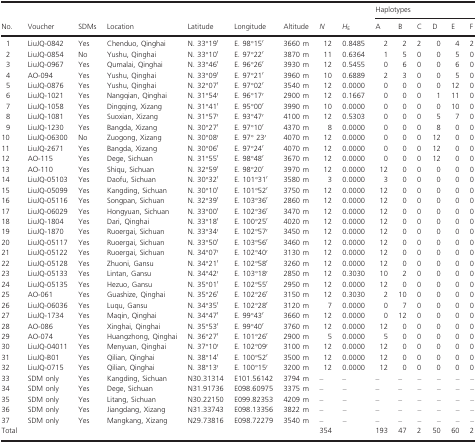
<table><thead><tr><td rowspan="2"><b>No.</b></td><td rowspan="2"><b>Voucher</b></td><td rowspan="2"><b>SDMs</b></td><td rowspan="2"><b>Location</b></td><td rowspan="2"><b>Latitude</b></td><td rowspan="2"><b>Longitude</b></td><td rowspan="2"><b>Altitude</b></td><td rowspan="2"><b><i>N</i></b></td><td rowspan="2"><b><i>H</i><sub>E</sub></b></td><td colspan="6"><b>Haplotypes</b></td></tr><tr><td><b>A</b></td><td><b>B</b></td><td><b>C</b></td><td><b>D</b></td><td><b>E</b></td><td><b>F</b></td></tr></thead><tbody><tr><td>1</td><td>LiuJQ‐0842</td><td>Yes</td><td>Chenduo, Qinghai</td><td>N. 33°19′</td><td>E. 98°15′</td><td>3660 m</td><td>12</td><td>0.8485</td><td>2</td><td>2</td><td>2</td><td>0</td><td>4</td><td>2</td></tr><tr><td>2</td><td>LiuJQ‐0854</td><td>No</td><td>Yushu, Qinghai</td><td>N. 33°10′</td><td>E. 97°22′</td><td>3870 m</td><td>11</td><td>0.6364</td><td>1</td><td>5</td><td>0</td><td>0</td><td>5</td><td>0</td></tr><tr><td>3</td><td>LiuJQ‐0967</td><td>Yes</td><td>Qumalai, Qinghai</td><td>N. 33°46′</td><td>E. 96°26′</td><td>3930 m</td><td>12</td><td>0.5455</td><td>0</td><td>6</td><td>0</td><td>0</td><td>6</td><td>0</td></tr><tr><td>4</td><td>AO‐094</td><td>Yes</td><td>Yushu, Qinghai</td><td>N. 33°09′</td><td>E. 97°21′</td><td>3960 m</td><td>10</td><td>0.6889</td><td>2</td><td>3</td><td>0</td><td>0</td><td>5</td><td>0</td></tr><tr><td>5</td><td>LiuJQ‐0876</td><td>Yes</td><td>Yushu, Qinghai</td><td>N. 32°07′</td><td>E. 97°02′</td><td>3540 m</td><td>12</td><td>0.0000</td><td>0</td><td>0</td><td>0</td><td>0</td><td>12</td><td>0</td></tr><tr><td>6</td><td>LiuJQ‐1021</td><td>Yes</td><td>Nangqian, Qinghai</td><td>N. 31°54′</td><td>E. 96°17′</td><td>2900 m</td><td>12</td><td>0.1667</td><td>0</td><td>0</td><td>0</td><td>1</td><td>11</td><td>0</td></tr><tr><td>7</td><td>LiuJQ‐1058</td><td>Yes</td><td>Dingqing, Xizang</td><td>N. 31°41′</td><td>E. 95°00′</td><td>3990 m</td><td>10</td><td>0.0000</td><td>0</td><td>0</td><td>0</td><td>0</td><td>10</td><td>0</td></tr><tr><td>8</td><td>LiuJQ‐1081</td><td>Yes</td><td>Suoxian, Xizang</td><td>N. 31°57′</td><td>E. 93°47′</td><td>4100 m</td><td>12</td><td>0.5303</td><td>0</td><td>0</td><td>0</td><td>5</td><td>7</td><td>0</td></tr><tr><td>9</td><td>LiuJQ‐1230</td><td>Yes</td><td>Bangda, Xizang</td><td>N. 30°27′</td><td>E. 97°10′</td><td>4370 m</td><td>8</td><td>0.0000</td><td>0</td><td>0</td><td>0</td><td>8</td><td>0</td><td>0</td></tr><tr><td>10</td><td>LiuJQ‐06300</td><td>No</td><td>Zuogong, Xizang</td><td>N. 30°08′</td><td>E. 97° 23′</td><td>4070 m</td><td>12</td><td>0.0000</td><td>0</td><td>0</td><td>0</td><td>12</td><td>0</td><td>0</td></tr><tr><td>11</td><td>LiuJQ‐2671</td><td>Yes</td><td>Bangda, Xizang</td><td>N. 30°06′</td><td>E. 97°24′</td><td>4070 m</td><td>12</td><td>0.0000</td><td>0</td><td>0</td><td>0</td><td>12</td><td>0</td><td>0</td></tr><tr><td>12</td><td>AO‐115</td><td>Yes</td><td>Dege, Sichuan</td><td>N. 31°55′</td><td>E. 98°48′</td><td>3670 m</td><td>12</td><td>0.0000</td><td>0</td><td>0</td><td>0</td><td>12</td><td>0</td><td>0</td></tr><tr><td>13</td><td>AO‐110</td><td>Yes</td><td>Shiqu, Sichuan</td><td>N. 32°59′</td><td>E. 98°20′</td><td>3970 m</td><td>12</td><td>0.0000</td><td>12</td><td>0</td><td>0</td><td>0</td><td>0</td><td>0</td></tr><tr><td>14</td><td>LiuJQ‐05103</td><td>Yes</td><td>Daofu, Sichuan</td><td>N. 30°32′</td><td>E. 101°31′</td><td>3580 m</td><td>3</td><td>0.0000</td><td>3</td><td>0</td><td>0</td><td>0</td><td>0</td><td>0</td></tr><tr><td>15</td><td>LiuJQ‐05099</td><td>Yes</td><td>Kangding, Sichuan</td><td>N. 30°10′</td><td>E. 101°52′</td><td>3750 m</td><td>12</td><td>0.0000</td><td>12</td><td>0</td><td>0</td><td>0</td><td>0</td><td>0</td></tr><tr><td>16</td><td>LiuJQ‐05116</td><td>Yes</td><td>Songpan, Sichuan</td><td>N. 32°39′</td><td>E. 103°36′</td><td>2860 m</td><td>12</td><td>0.0000</td><td>12</td><td>0</td><td>0</td><td>0</td><td>0</td><td>0</td></tr><tr><td>17</td><td>LiuJQ‐06029</td><td>Yes</td><td>Hongyuan, Sichuan</td><td>N. 33°00′</td><td>E. 102°36′</td><td>3470 m</td><td>12</td><td>0.0000</td><td>12</td><td>0</td><td>0</td><td>0</td><td>0</td><td>0</td></tr><tr><td>18</td><td>LiuJQ‐1804</td><td>Yes</td><td>Dari, Qinghai</td><td>N. 33°18′</td><td>E. 100°25′</td><td>4020 m</td><td>12</td><td>0.0000</td><td>12</td><td>0</td><td>0</td><td>0</td><td>0</td><td>0</td></tr><tr><td>19</td><td>LiuJQ‐1870</td><td>Yes</td><td>Ruoergai, Sichuan</td><td>N. 33°34′</td><td>E. 102°57′</td><td>3450 m</td><td>12</td><td>0.0000</td><td>12</td><td>0</td><td>0</td><td>0</td><td>0</td><td>0</td></tr><tr><td>20</td><td>LiuJQ‐05117</td><td>Yes</td><td>Ruoergai, Sichuan</td><td>N. 33°50′</td><td>E. 103°56′</td><td>3460 m</td><td>12</td><td>0.0000</td><td>12</td><td>0</td><td>0</td><td>0</td><td>0</td><td>0</td></tr><tr><td>21</td><td>LiuJQ‐05122</td><td>Yes</td><td>Ruoergai, Sichuan</td><td>N. 34°07′</td><td>E. 102°40′</td><td>3130 m</td><td>12</td><td>0.0000</td><td>12</td><td>0</td><td>0</td><td>0</td><td>0</td><td>0</td></tr><tr><td>22</td><td>LiuJQ‐05128</td><td>Yes</td><td>Zhuoni, Gansu</td><td>N. 34°21′</td><td>E. 102°58′</td><td>3260 m</td><td>12</td><td>0.0000</td><td>12</td><td>0</td><td>0</td><td>0</td><td>0</td><td>0</td></tr><tr><td>23</td><td>LiuJQ‐05133</td><td>Yes</td><td>Lintan, Gansu</td><td>N. 34°42′</td><td>E. 103°18′</td><td>2850 m</td><td>12</td><td>0.3030</td><td>10</td><td>2</td><td>0</td><td>0</td><td>0</td><td>0</td></tr><tr><td>24</td><td>LiuJQ‐05135</td><td>Yes</td><td>Hezuo, Gansu</td><td>N. 35°01′</td><td>E. 102°55′</td><td>2950 m</td><td>12</td><td>0.0000</td><td>12</td><td>0</td><td>0</td><td>0</td><td>0</td><td>0</td></tr><tr><td>25</td><td>AO‐061</td><td>Yes</td><td>Guashize, Qinghai</td><td>N. 35°26′</td><td>E. 102°26′</td><td>3150 m</td><td>12</td><td>0.3030</td><td>2</td><td>10</td><td>0</td><td>0</td><td>0</td><td>0</td></tr><tr><td>26</td><td>LiuJQ‐06036</td><td>Yes</td><td>Luqu, Gansu</td><td>N. 34°35′</td><td>E. 102°28′</td><td>3120 m</td><td>7</td><td>0.0000</td><td>0</td><td>7</td><td>0</td><td>0</td><td>0</td><td>0</td></tr><tr><td>27</td><td>LiuJQ‐1734</td><td>Yes</td><td>Maqin, Qinghai</td><td>N. 34°47′</td><td>E. 99°43′</td><td>3660 m</td><td>12</td><td>0.0000</td><td>0</td><td>12</td><td>0</td><td>0</td><td>0</td><td>0</td></tr><tr><td>28</td><td>AO‐086</td><td>Yes</td><td>Xinghai, Qinghai</td><td>N. 35°53′</td><td>E. 99°40′</td><td>3760 m</td><td>12</td><td>0.0000</td><td>12</td><td>0</td><td>0</td><td>0</td><td>0</td><td>0</td></tr><tr><td>29</td><td>AO‐074</td><td>Yes</td><td>Huangzhong, Qinghai</td><td>N. 36°27′</td><td>E. 101°26′</td><td>2900 m</td><td>5</td><td>0.0000</td><td>5</td><td>0</td><td>0</td><td>0</td><td>0</td><td>0</td></tr><tr><td>30</td><td>LiuJQ‐04011</td><td>Yes</td><td>Menyuan, Qinghai</td><td>N. 37°10′</td><td>E. 102°09′</td><td>3100 m</td><td>12</td><td>0.0000</td><td>12</td><td>0</td><td>0</td><td>0</td><td>0</td><td>0</td></tr><tr><td>31</td><td>LiuJQ‐B01</td><td>Yes</td><td>Qilian, Qinghai</td><td>N. 38°14′</td><td>E. 100°52′</td><td>3500 m</td><td>12</td><td>0.0000</td><td>12</td><td>0</td><td>0</td><td>0</td><td>0</td><td>0</td></tr><tr><td>32</td><td>LiuJQ‐0715</td><td>Yes</td><td>Qilian, Qinghai</td><td>N. 38°13′</td><td>E. 100°15′</td><td>3200 m</td><td>12</td><td>0.0000</td><td>12</td><td>0</td><td>0</td><td>0</td><td>0</td><td>0</td></tr><tr><td>33</td><td>SDM only</td><td>Yes</td><td>Kangding, Sichuan</td><td>N30.31314</td><td>E101.56142</td><td>3794 m</td><td>–</td><td>–</td><td>–</td><td>–</td><td>–</td><td>–</td><td>–</td><td>–</td></tr><tr><td>34</td><td>SDM only</td><td>Yes</td><td>Dege, Sichuan</td><td>N31.91736</td><td>E098.60975</td><td>3375 m</td><td>–</td><td>–</td><td>–</td><td>–</td><td>–</td><td>–</td><td>–</td><td>–</td></tr><tr><td>35</td><td>SDM only</td><td>Yes</td><td>Litang, Sichuan</td><td>N30.22150</td><td>E099.82353</td><td>4209 m</td><td>–</td><td>–</td><td>–</td><td>–</td><td>–</td><td>–</td><td>–</td><td>–</td></tr><tr><td>36</td><td>SDM only</td><td>Yes</td><td>Jiangdang, Xizang</td><td>N31.33743</td><td>E098.13356</td><td>3822 m</td><td>–</td><td>–</td><td>–</td><td>–</td><td>–</td><td>–</td><td>–</td><td>–</td></tr><tr><td>37</td><td>SDM only</td><td>Yes</td><td>Mangkang, Xizang</td><td>N29.73816</td><td>E098.72279</td><td>3540 m</td><td>–</td><td>–</td><td>–</td><td>–</td><td>–</td><td>–</td><td>–</td><td>–</td></tr><tr><td>Total</td><td></td><td></td><td></td><td></td><td></td><td></td><td>354</td><td></td><td>193</td><td>47</td><td>2</td><td>50</td><td>60</td><td>2</td></tr></tbody></table>